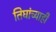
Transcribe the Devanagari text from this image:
तिघांच्याही